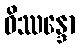
ဝိဿန္ဒော